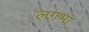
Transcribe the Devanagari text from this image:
लगभा